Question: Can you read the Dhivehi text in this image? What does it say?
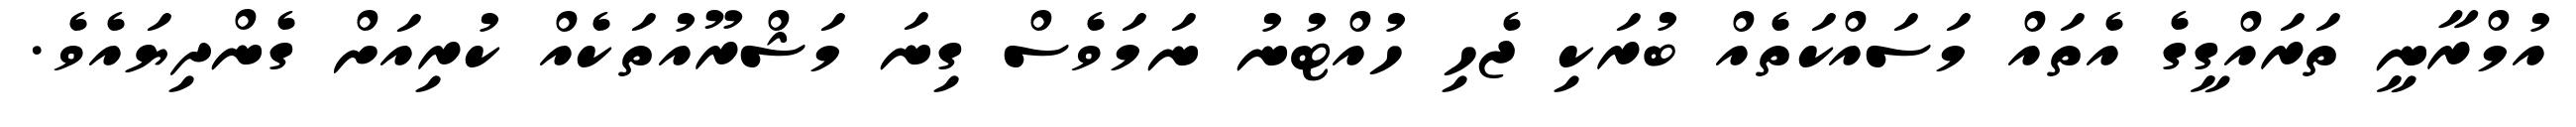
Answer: އުމްރާނީ ތަރައްގީގެ އެތައް މަސައްކަތެއް ބުރަކި ޖެހި ހުއްޓުނު ނަމަވެސް ގިނަ މަޝްރޫއުތަކެއް ކުރިއަށް ގެންދިޔައެވެ.